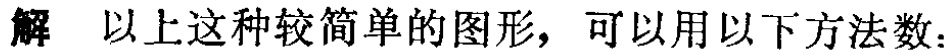
解 以上这种较简单的图形，可以用以下方法数：